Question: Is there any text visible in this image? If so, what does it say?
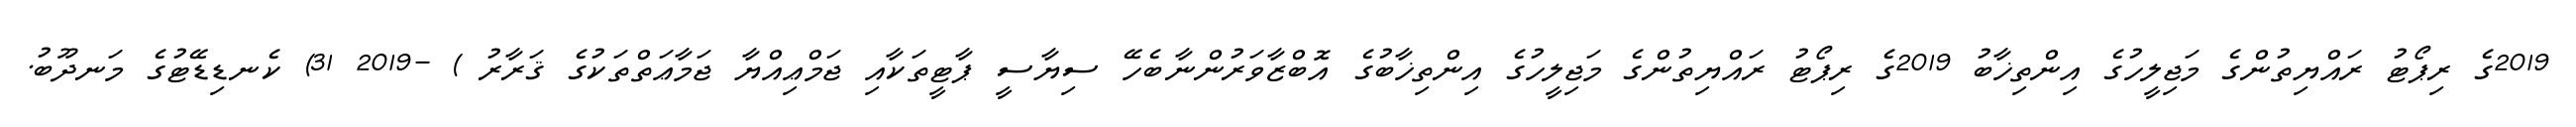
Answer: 2019ގެ ރިޕޯޓު ރައްޔިތުންގެ މަޖިލީހުގެ އިންތިޚާބު 2019ގެ ރިޕޯޓު ރައްޔިތުންގެ މަޖިލީހުގެ އިންތިޚާބުގެ އޮބްޒާވަރުންނާބެހޭ ސިޔާސީ ޕާޓީތަކާއި ޖަމްޢިއްޔާ ޖަމާޢަތްތަކުގެ ޤަރާރު ) -2019 31) ކެނޑިޑޭޓުގެ މަނދޫބު.